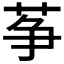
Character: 𦱊